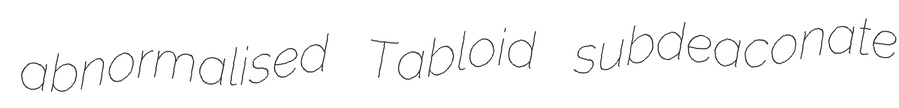
abnormalised Tabloid subdeaconate